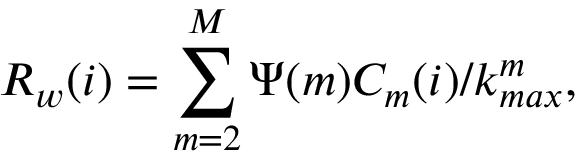
R _ { w } ( i ) = \sum _ { m = 2 } ^ { M } \Psi ( m ) C _ { m } ( i ) / k _ { m a x } ^ { m } ,